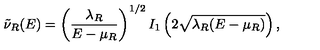
\tilde { \nu } _ { R } ( E ) = \left( { \frac { \lambda _ { R } } { E - \mu _ { R } } } \right) ^ { 1 / 2 } I _ { 1 } \left( 2 \sqrt { \lambda _ { R } ( E - \mu _ { R } ) } \right) ,